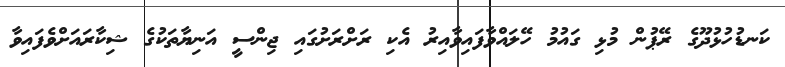
ކަނޑުހުޅުދޫގެ ރޭޕުން މުޅި ގައުމު ހޭލައްވާފައިވާއިރު އެކި ރަށްރަށުގައި ޖިންސީ އަނިޔާތަކުގެ ޝިކާރައަށްވެފައިވާ